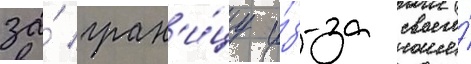
за́ гран'и́цу и́з-за своего́